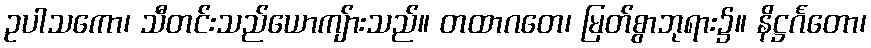
ဥပါသကော၊ သီတင်းသည်ယောကျ်ားသည်။ တထာဂတေ၊ မြတ်စွာဘုရား၌။ နိဋ္ဌင်္ဂတော၊